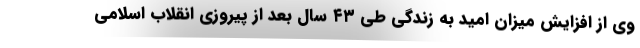
وی از افزایش میزان امید به زندگی طی ۴۳ سال بعد از پیروزی انقلاب اسلامی